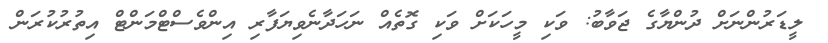
ލީޑަރުންނަށް ދުންޔާގެ ޖަވާބު: ވަކި މީހަކަށް ވަކި ގޮތެއް ނަހަދާނެވިޔަފާރި އިންވެސްޓްމަންޓް އިތުރުކުރަން